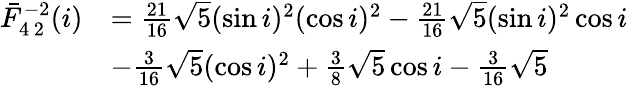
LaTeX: \begin{array}{rl}{\bar{F}_{4\, 2}^{-2}(i)}&{=\frac{21}{16}\sqrt{5}(\sin i)^{2}(\cos i)^{2}-\frac{21}{16}\sqrt{5}(\sin i)^{2}\cos i}\\ &{-\frac{3}{16}\sqrt{5}(\cos i)^{2}+\frac{3}{8}\sqrt{5}\cos i-\frac{3}{16}\sqrt{5}}\end{array}